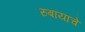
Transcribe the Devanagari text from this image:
रुबायांचे